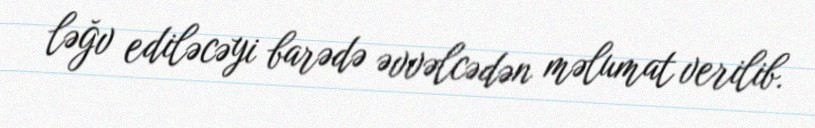
ləğv ediləcəyi barədə əvvəlcədən məlumat verilib.